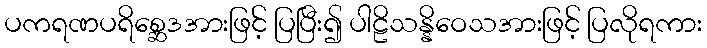
ပကရဏပရိစ္ဆေဒအားဖြင့် ပြပြီး၍ ပါဠိသန္နိဝေသအားဖြင့် ပြလိုရကား